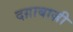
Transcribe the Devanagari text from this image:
दग़ाबाज़ी